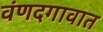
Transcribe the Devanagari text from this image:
वंणदगावात